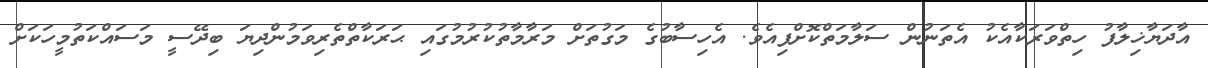
އާދަޔާޚިލާފު ހިތްވަރަކާއެކު އެތަނުން ސަލާމަތްކޮށްފިއެވެ. އެހިސާބުގެ މަގުތަށް މަރާމާތުކުރުމުގައި ޙަރަކާތްތެރިވަމުންދިޔަ ބިދޭސީ މަސައްކަތުމީހަކަށް